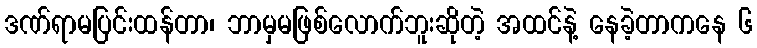
ဒဏ်ရာမပြင်းထန်တာ၊ ဘာမှမဖြစ်လောက်ဘူးဆိုတဲ့ အထင်နဲ့ နေခဲ့တာကနေ ၆